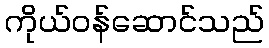
ကိုယ်ဝန်ဆောင်သည်